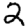
Digit: 2